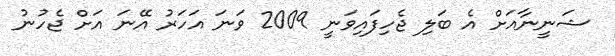
ޝަނީނާއަށް އެ ބަލި ޖެހިފައިވަނީ 2009 ވަނަ އަހަރު އޭނަ އަށް ޖެހުނު